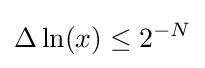
\Delta \ln(x)\leq 2^{-N}